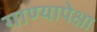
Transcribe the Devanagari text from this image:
गाण्यापेक्षा